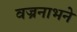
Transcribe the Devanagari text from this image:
वज्रनाभने